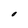
Character: O